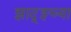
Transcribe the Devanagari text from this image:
झाद्झ्च्या